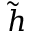
\tilde { h }